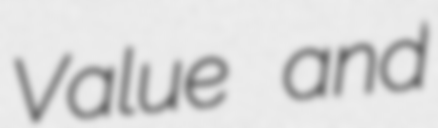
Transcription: Value and